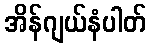
အိန်ဂျယ်နံပါတ်